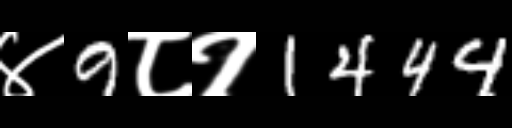
Text: ४9८१1444